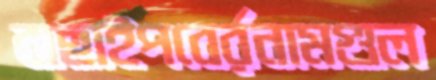
বাছাইপবের্রনামগুল